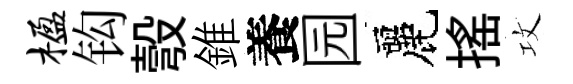
楹钩彀錐養园麗揺攻